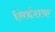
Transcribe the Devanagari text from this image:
निर्द्दशक